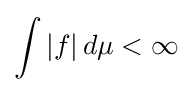
\int |f|\,d\mu <\infty